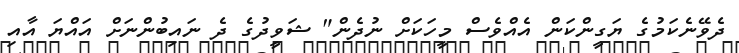
ދެވޭނެކަމުގެ ޔަގީންކަން އެއްވެސް މީހަކަށް ނުދެން" ޝަވީދުގެ ދެ ނައިބުންނަށް އައްޔަ އާއި